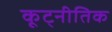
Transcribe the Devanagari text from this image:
कूट्नीतिक